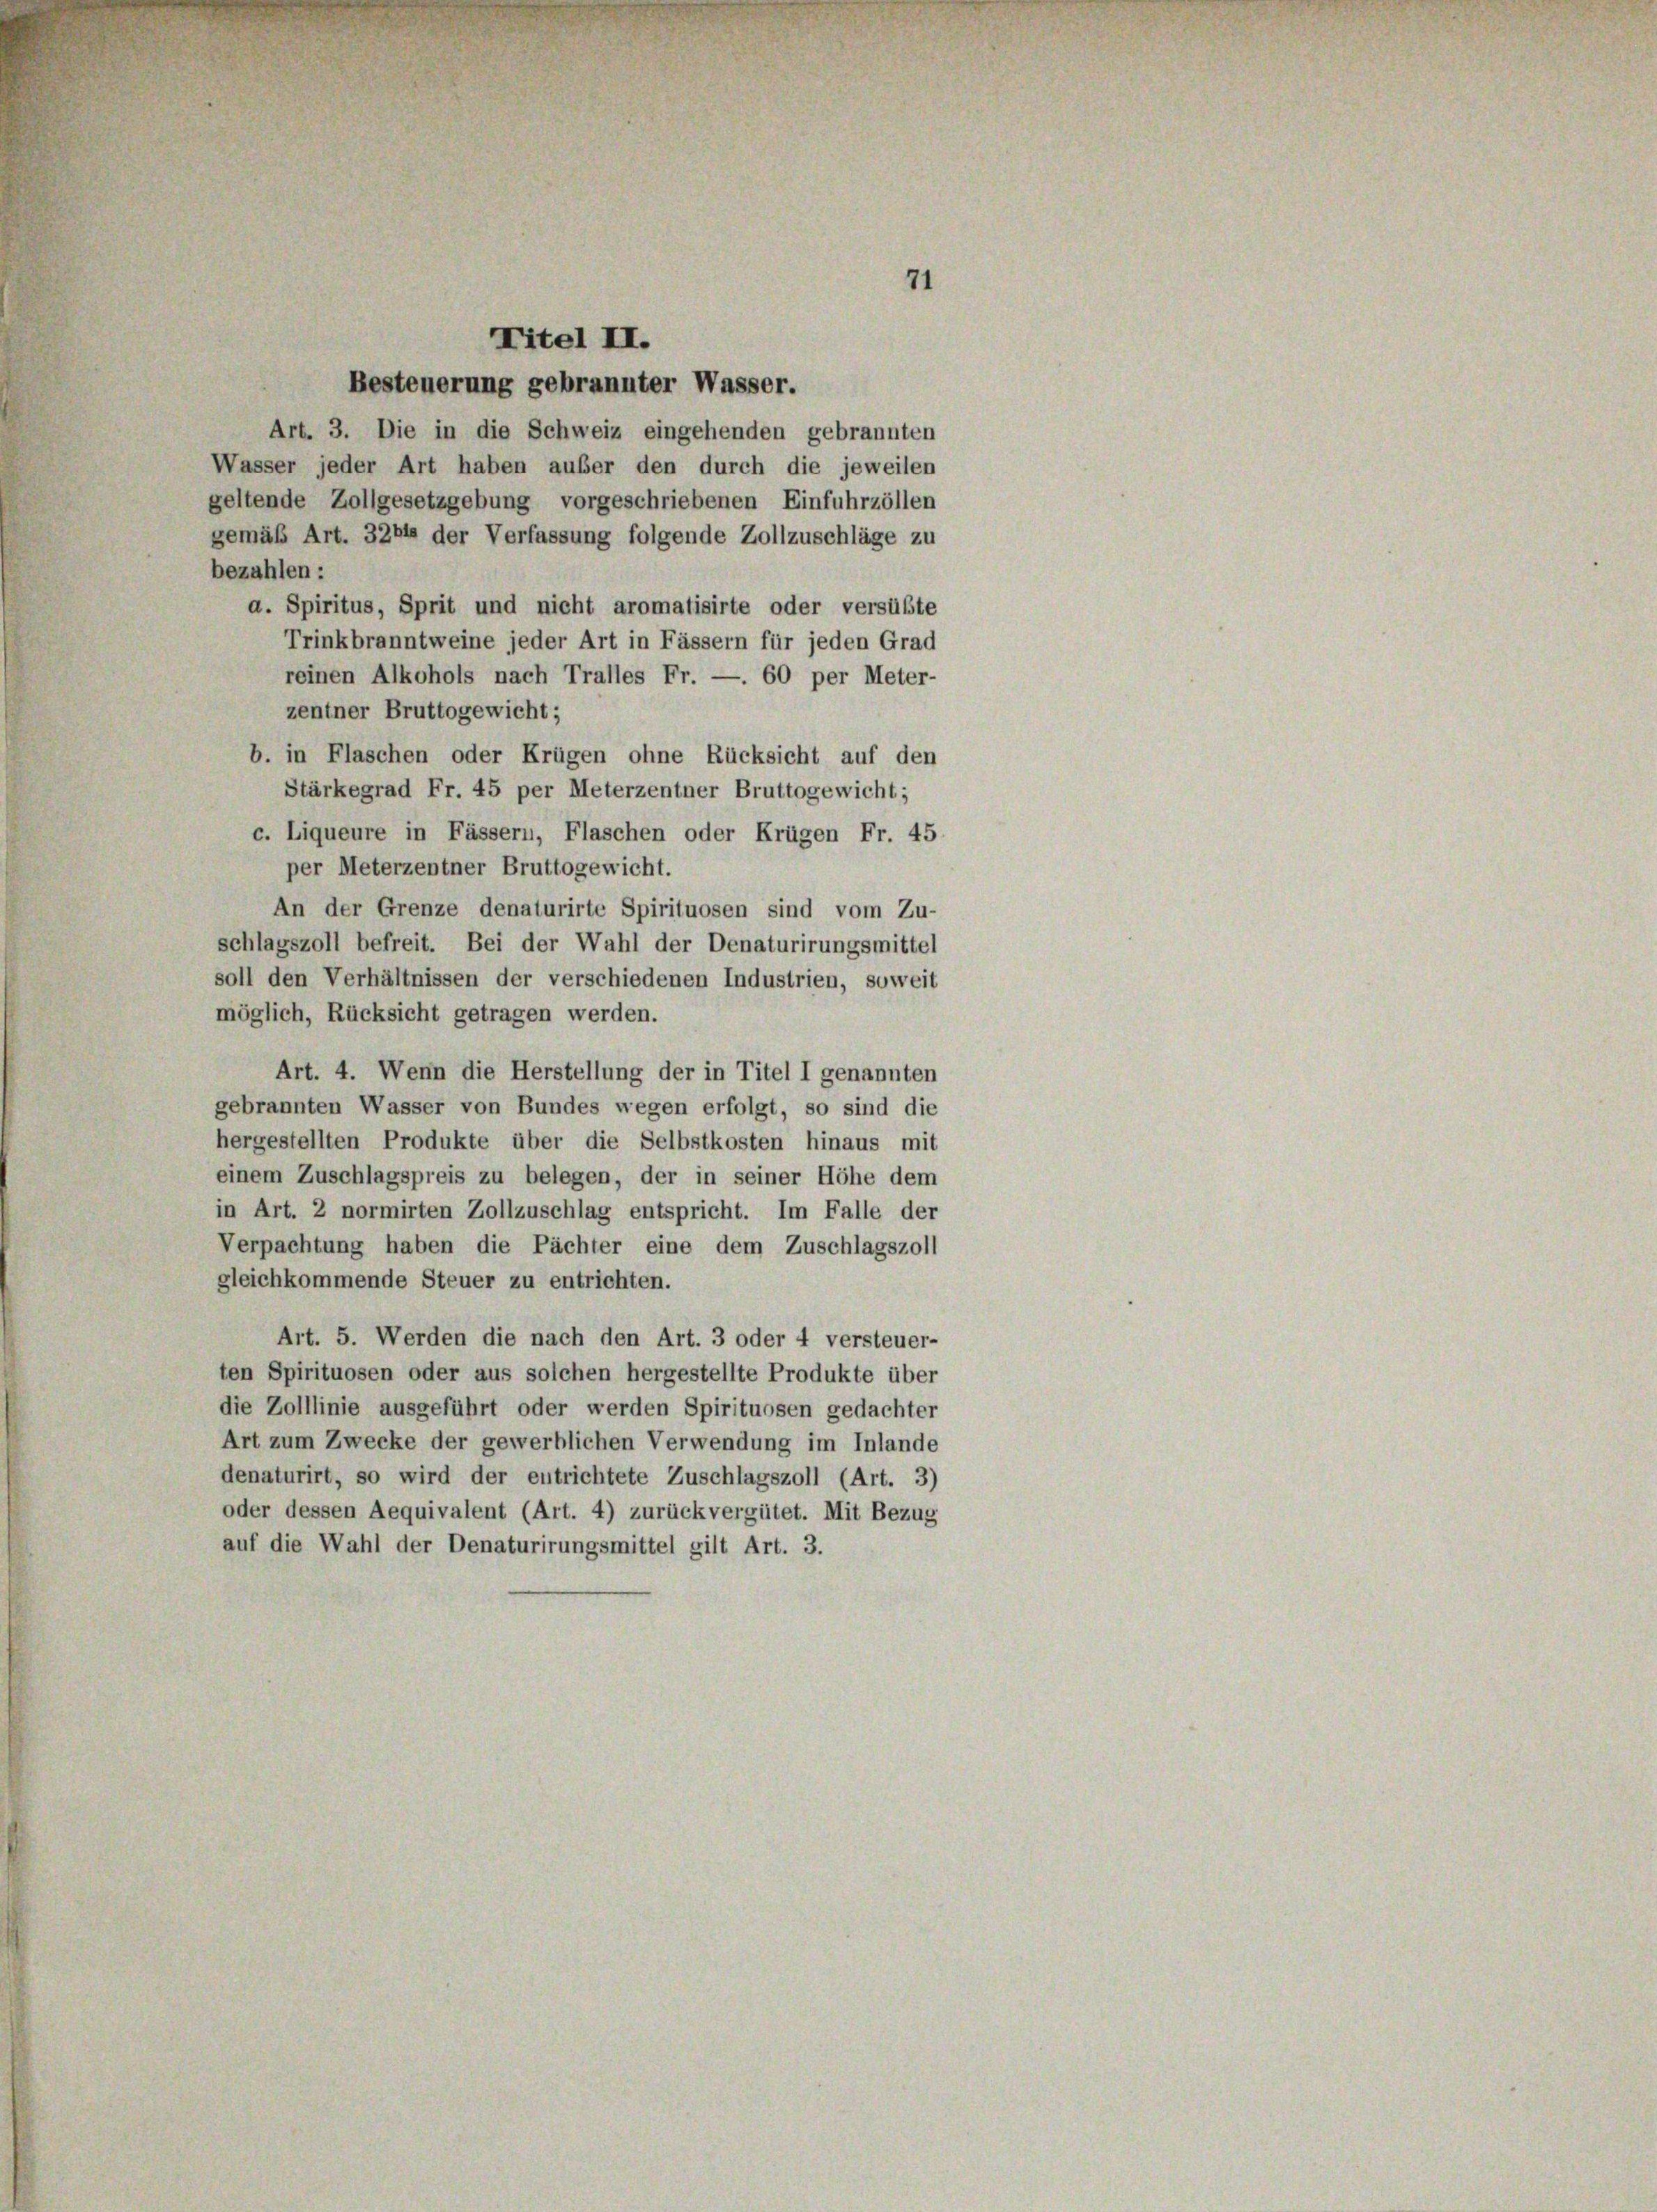
Titel II.

71

Besteuerung gebrannter Wasser.
Art. 3. Die in die Schweiz eingehenden gebrannten
Wasser jeder Art haben außer den durch die jeweilen
geltende Zollgesetzgebung vorgeschriebenen Einfuhrzöllen
gemäß Art. 3264 der Verfassung folgende Zollzuschläge zu
bezahlen:
a. Spiritus, Sprit und nicht aromatisirte oder versüßte
Trinkbranntweine jeder Art in Fässern für jeden Grad
reinen Alkohols nach Tralles Fr. —. 60 per Meter-
zentner Bruttogewicht;
b. in Flaschen oder Krügen ohne Rücksicht auf den
Stärkegrad Fr. 45 per Meterzentner Bruttogewicht;
c. Liqueure in Fässern, Flaschen oder Krügen Fr. 45
per Meterzentner Bruttogewicht.
An der Grenze denaturirte Spirituosen sind vom Zu-
schlagszoll befreit. Bei der Wahl der Denaturirungsmittel
soll den Verhältnissen der verschiedenen Industrien, soweit
möglich, Rücksicht getragen werden.
Art. 4. Wenn die Herstellung der in Titel I genannten
gebrannten Wasser von Bundes wegen erfolgt, so sind die
hergestellten Produkte über die Selbstkosten hinaus mit
einem Zuschlagspreis zu belegen, der in seiner Höhe dem
in Art. 2 normirten Zollzuschlag entspricht. Im Falle der
Verpachtung haben die Pächter eine dem Zuschlagszoll
gleichkommende Steuer zu entrichten.
Art. 5. Werden die nach den Art. 3 oder 4 versteuer-
ten Spirituosen oder aus solchen hergestellte Produkte über
die Zolllinie ausgeführt oder werden Spirituosen gedachter
Art zum Zwecke der gewerblichen Verwendung im Inlande
denaturirt, so wird der entrichtete Zuschlagszoll (Art. 3)
oder dessen Aequivalent (Art. 4) zurückvergütet. Mit Bezug
auf die Wahl der Denaturirungsmittel gilt Art. 3.